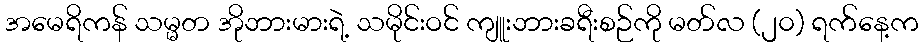
အမေရိကန် သမ္မတ အိုဘားမားရဲ့ သမိုင်းဝင် ကျူးဘားခရီးစဉ်ကို မတ်လ (၂၀) ရက်နေ့က